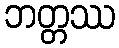
ဘတ္တဿ